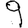
Digit: 9